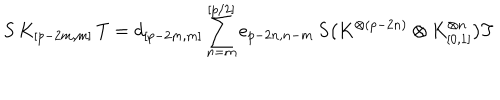
S \, K _ { [ p - 2 m , m ] } \, T = d _ { [ p - 2 m , m ] } \sum _ { n = m } ^ { [ p / 2 ] } e _ { p - 2 n , n - m } \, S \bigl ( K ^ { \otimes ( p - 2 n ) } \otimes K _ { [ 0 , 1 ] } ^ { \otimes n } \bigr ) T